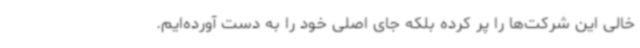
خالی این شرکت‌ها را پر کرده بلکه جای اصلی خود را به دست آورده‌ایم.